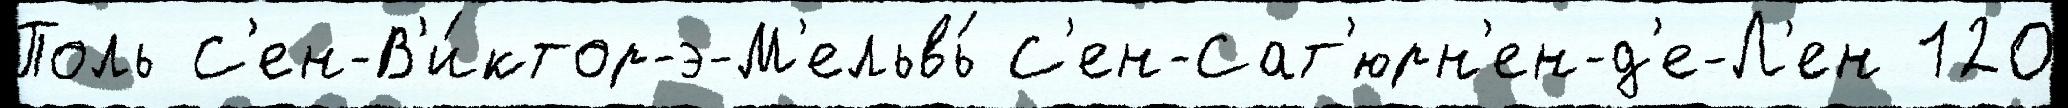
Поль С'ен-В'и́ктор-э-М'ельвь́ С'ен-Сат'юрн'ен-д'е-Л'ен 120